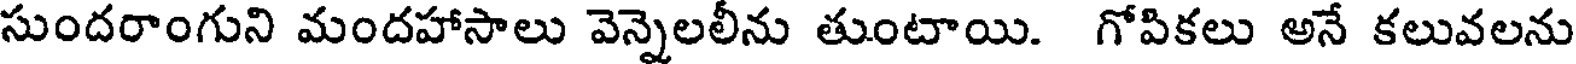
సుందరాంగుని మందహాసాలు వెన్నెలలీను తుంటాయి. గోపికలు అనే కలువలను